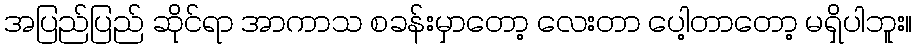
အပြည်ပြည် ဆိုင်ရာ အာကာသ စခန်းမှာတော့ လေးတာ ပေါ့တာတော့ မရှိပါဘူး။